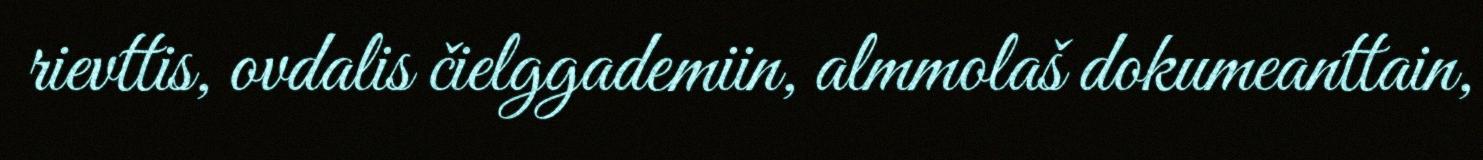
rievttis, ovdalis čielggademiin, almmolaš dokumeanttain,